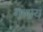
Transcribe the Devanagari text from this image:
गणाय